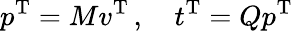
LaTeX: p^{\mathrm{T}}=Mv^{\mathrm{T}}\, ,\quad t^{\mathrm{T}}=Qp^{\mathrm{T}}